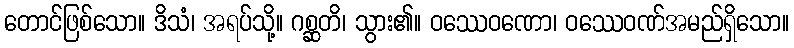
တောင်ဖြစ်သော။ ဒိသံ၊ အရပ်သို့။ ဂစ္ဆတိ၊ သွား၏။ ဝဿေဝဏော၊ ဝဿေဝဏ်အမည်ရှိသော။